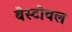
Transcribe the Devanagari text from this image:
बेस्टोवल